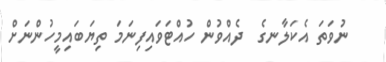
ނުވަތަ އެކަލާނގެ  ދެއްވުން ހުއްޓަވައިފިނަމަ ތިޔަބައިމީހުންނަށް